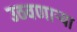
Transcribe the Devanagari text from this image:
उठवणाऱ्या